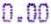
0.00